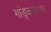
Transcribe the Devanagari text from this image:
गांडूळखताचा